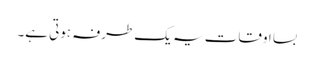
بسا اوقات یہ یک طرفہ ہوتی ہے۔